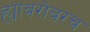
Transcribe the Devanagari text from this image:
ह्याबरोबरच